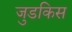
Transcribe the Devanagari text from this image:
जुडकिस